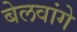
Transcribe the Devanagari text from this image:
बेलवांगे